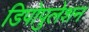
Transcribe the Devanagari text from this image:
डिपोपुलेशन